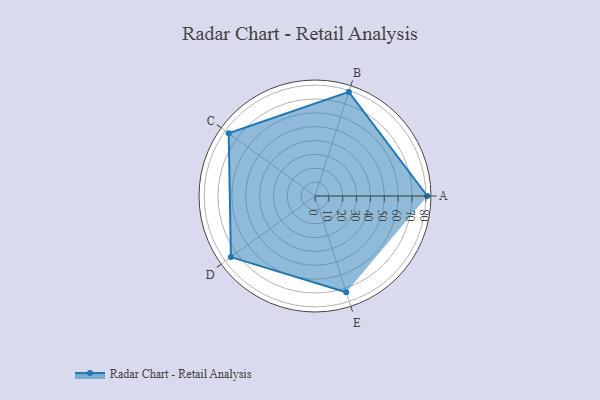
{"axis": {"x": "Skill", "y": "Score"}, "legend": ["Profile"], "data": [{"x": "A", "y": 81.0, "type": "Profile"}, {"x": "B", "y": 79.0, "type": "Profile"}, {"x": "C", "y": 77.0, "type": "Profile"}, {"x": "D", "y": 75.0, "type": "Profile"}, {"x": "E", "y": 73.0, "type": "Profile"}]}